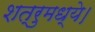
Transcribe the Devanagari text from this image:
शत्रुमध्ये।